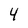
Character: 4